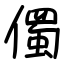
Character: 㒔